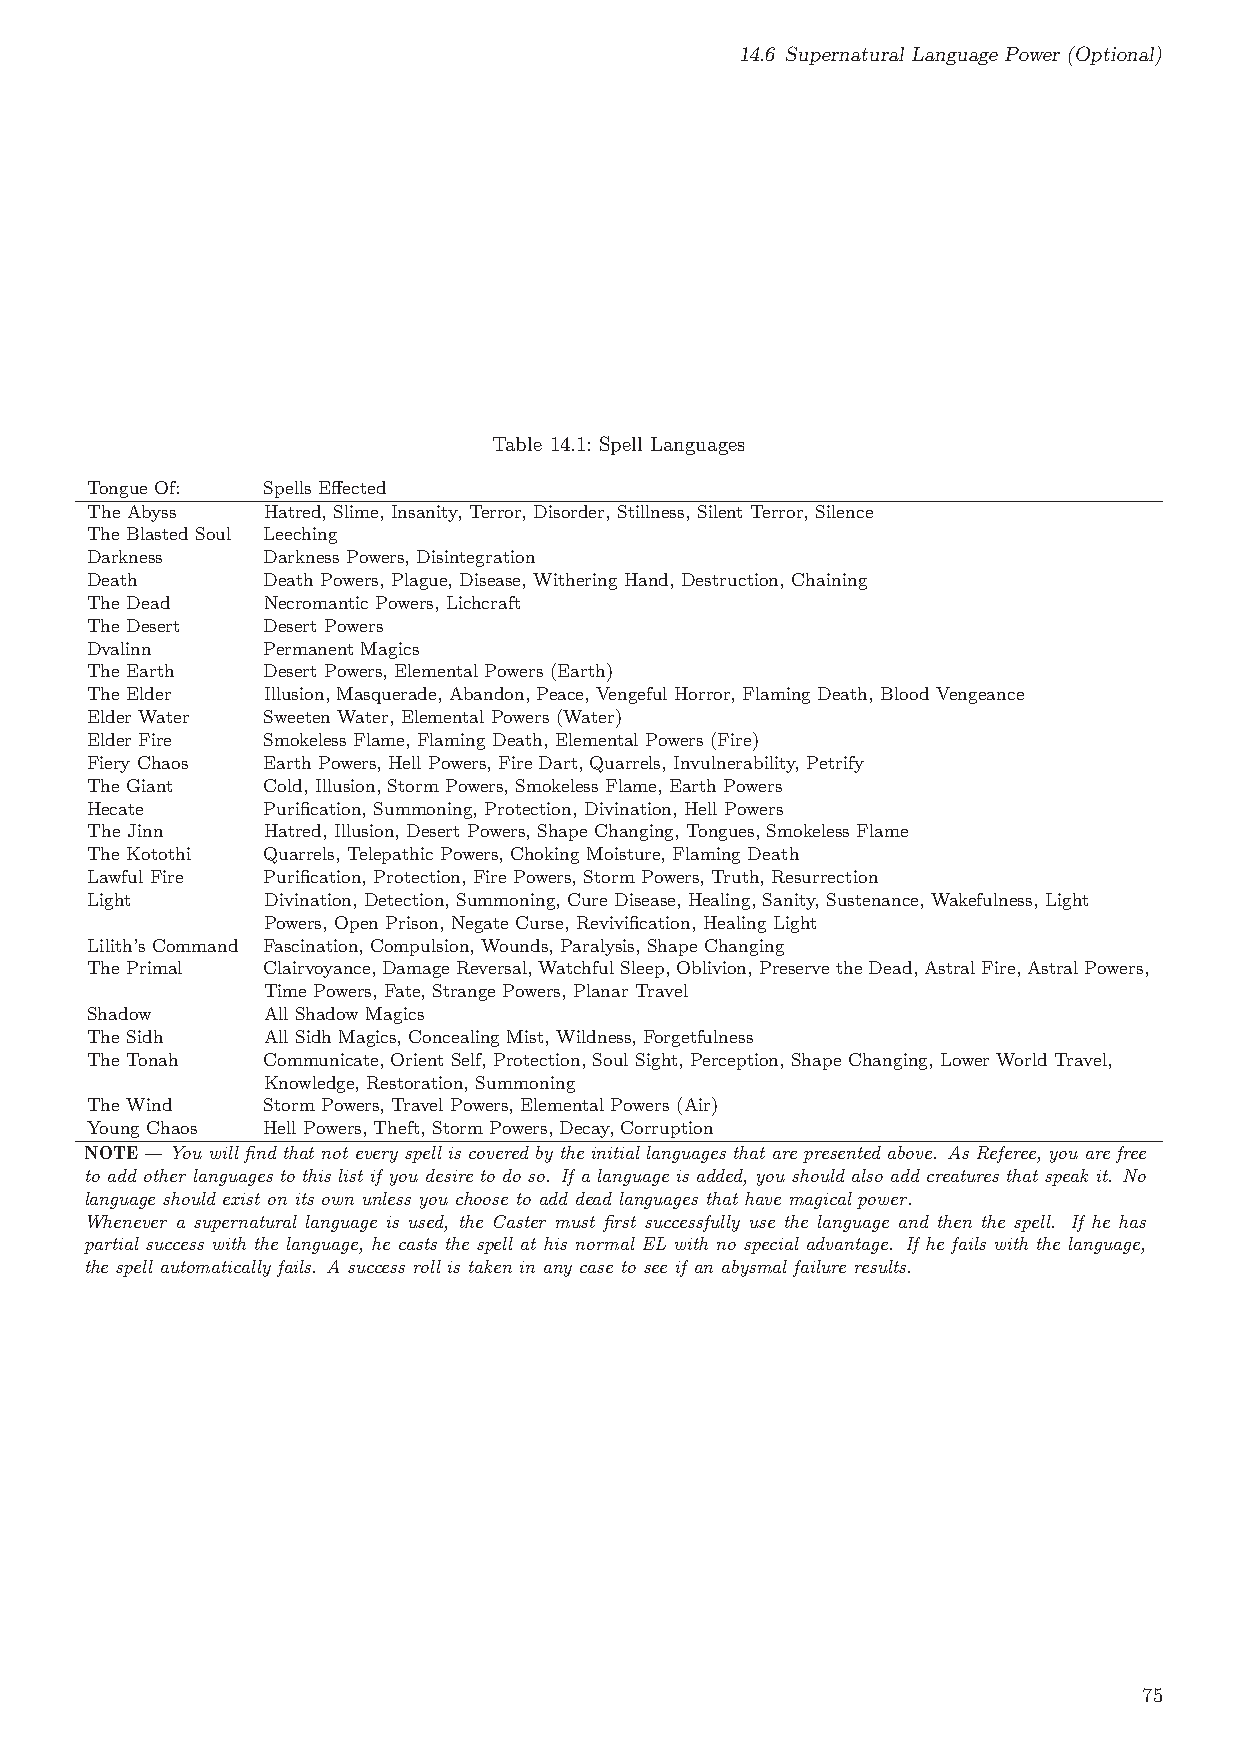
14.6 Supernatural Language Power (Optional)
 Table 14.1: Spell Languages
 Tongue Of: Spells Effected
 The Abyss  Hatred, Slime, Insanity, Terror, Disorder, Stillness, Silent Terror, Silence
 The Blasted Soul Leeching
 Darkness   Darkness Powers, Disintegration
 Death      Death Powers, Plague, Disease, Withering Hand, Destruction, Chaining
 The Dead   Necromantic Powers, Lichcraft
 The Desert Desert Powers
 Dvalinn    Permanent Magics
 The Earth  Desert Powers, Elemental Powers (Earth)
 The Elder  Illusion, Masquerade, Abandon, Peace, Vengeful Horror, Flaming Death, Blood Vengeance
 Elder Water Sweeten Water, Elemental Powers (Water)
 Elder Fire Smokeless Flame, Flaming Death, Elemental Powers (Fire)
 Fiery Chaos Earth Powers, Hell Powers, Fire Dart, Quarrels, Invulnerability, Petrify
 The Giant  Cold, Illusion, Storm Powers, Smokeless Flame, Earth Powers
 Hecate     Purification, Summoning, Protection, Divination, Hell Powers
 The Jinn   Hatred, Illusion, Desert Powers, Shape Changing, Tongues, Smokeless Flame
 The Kotothi Quarrels, Telepathic Powers, Choking Moisture, Flaming Death
 Lawful Fire Purification, Protection, Fire Powers, Storm Powers, Truth, Resurrection
 Light      Divination, Detection, Summoning, Cure Disease, Healing, Sanity, Sustenance, Wakefulness, Light
 Powers, Open Prison, Negate Curse, Revivification, Healing Light
 Lilith’s Command Fascination, Compulsion, Wounds, Paralysis, Shape Changing
 The Primal Clairvoyance,DamageReversal,WatchfulSleep,Oblivion,PreservetheDead,AstralFire,AstralPowers,
 Time Powers, Fate, Strange Powers, Planar Travel
 Shadow     All Shadow Magics
 The Sidh   All Sidh Magics, Concealing Mist, Wildness, Forgetfulness
 The Tonah  Communicate, Orient Self, Protection, Soul Sight, Perception, Shape Changing, Lower World Travel,
 Knowledge, Restoration, Summoning
 The Wind   Storm Powers, Travel Powers, Elemental Powers (Air)
 Young Chaos Hell Powers, Theft, Storm Powers, Decay, Corruption
 NOTE—You will find that not every spell is covered by the initial languages that are presented above. As Referee, you are free
 to add other languages to this list if you desire to do so. If a language is added, you should also add creatures that speak it. No
 language should exist on its own unless you choose to add dead languages that have magical power.
 Whenever a supernatural language is used, the Caster must first successfully use the language and then the spell. If he has
 partial success with the language, he casts the spell at his normal EL with no special advantage. If he fails with the language,
 the spell automatically fails. A success roll is taken in any case to see if an abysmal failure results.
 75